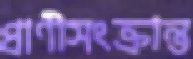
প্রাণীসংক্রান্ত